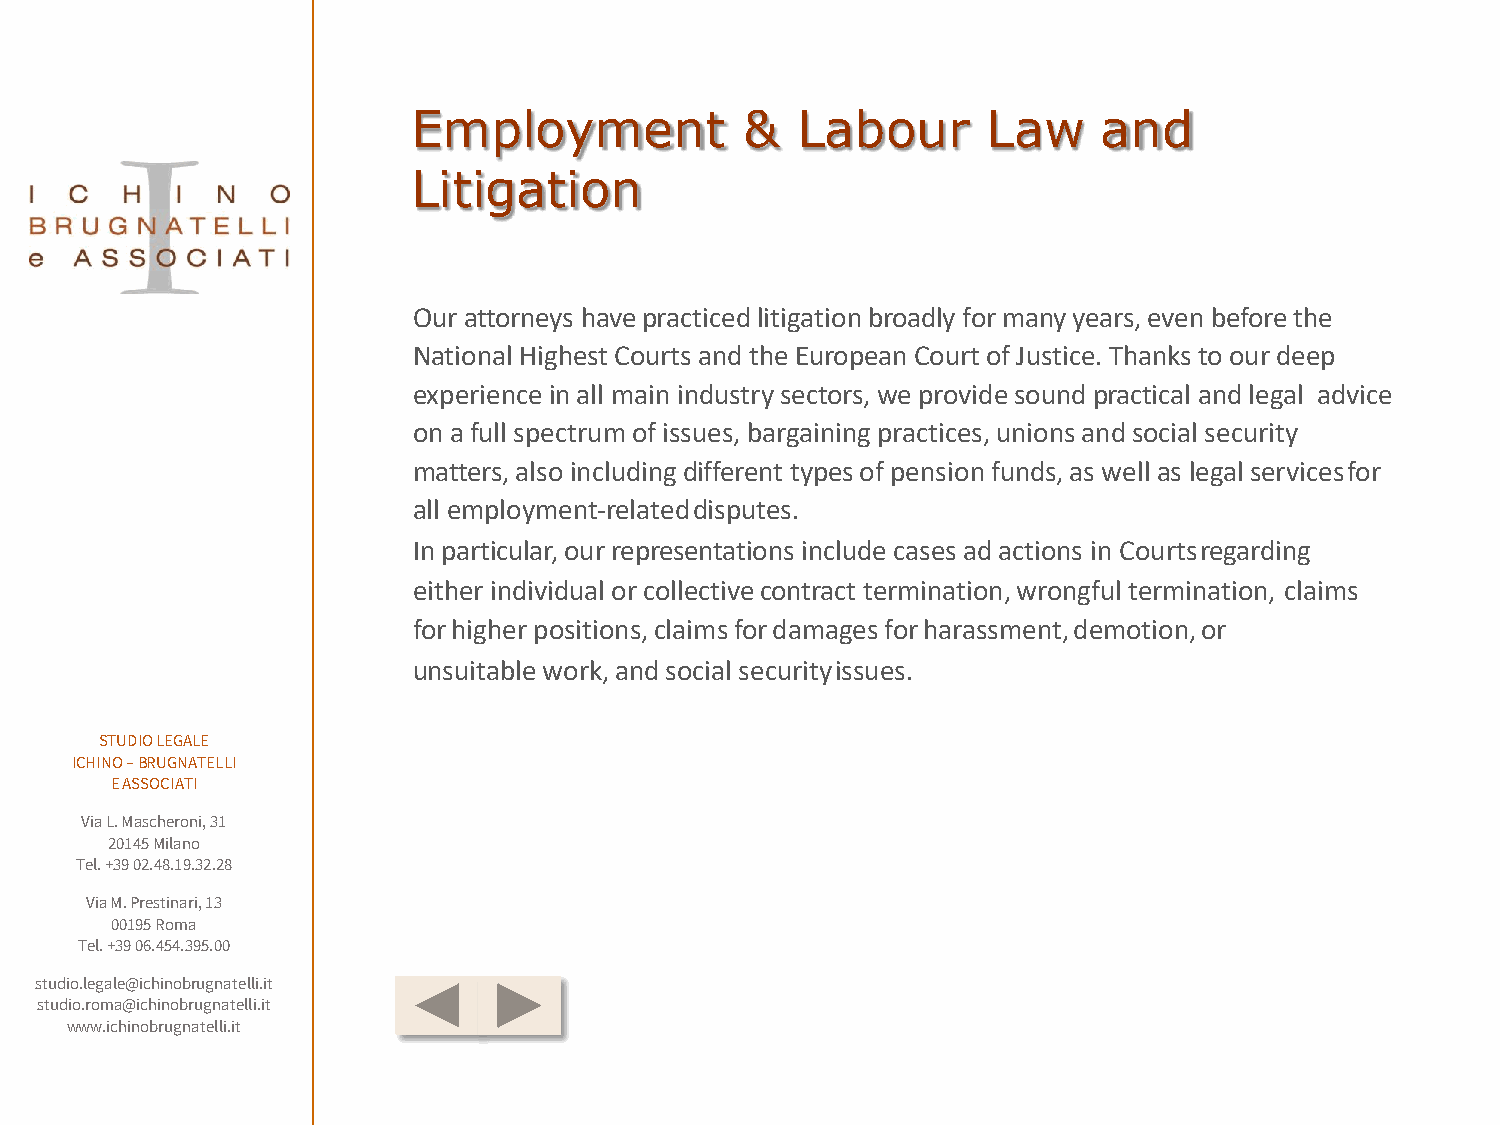
Employment            &   Labour      Law     and
 Litigation
 Our attorneys have practiced litigation broadly for many years, even before the
 National Highest Courts and the European Court of Justice. Thanks to our deep
 experience in all main industry sectors, we provide sound practical and legal advice
 on a full spectrum of issues, bargaining practices, unions and social security
 matters, also including different types of pension funds, as well as legal servicesfor
 all employment-relateddisputes.
 In particular, our representations include cases ad actions in Courtsregarding
 either individual or collective contract termination, wrongful termination, claims
 forhigher positions,claimsfordamagesforharassment,demotion,or
 unsuitable work, and social securityissues.
 STUDIO LEGALE
 ICHINO –BRUGNATELLI
 E ASSOCIATI
 Via L. Mascheroni, 31
 20145 Milano
 Tel. +39 02.48.19.32.28
 Via M. Prestinari, 13
 00195 Roma
 Tel. +39 06.454.395.00
 studio.legale@ichinobrugnatelli.it
 studio.roma@ichinobrugnatelli.it
 www.ichinobrugnatelli.it